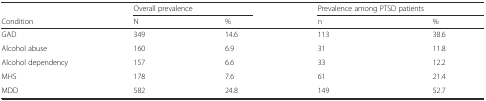
<table><thead><tr><td></td><td colspan="2"><b>Overall prevalence</b></td><td colspan="2"><b>Prevalence among PTSD patients</b></td></tr><tr><td><b>Condition</b></td><td><b>N</b></td><td><b>%</b></td><td><b>n</b></td><td><b>%</b></td></tr></thead><tbody><tr><td>GAD</td><td>349</td><td>14.6</td><td>113</td><td>38.6</td></tr><tr><td>Alcohol abuse</td><td>160</td><td>6.9</td><td>31</td><td>11.8</td></tr><tr><td>Alcohol dependency</td><td>157</td><td>6.6</td><td>33</td><td>12.2</td></tr><tr><td>MHS</td><td>178</td><td>7.6</td><td>61</td><td>21.4</td></tr><tr><td>MDD</td><td>582</td><td>24.8</td><td>149</td><td>52.7</td></tr></tbody></table>